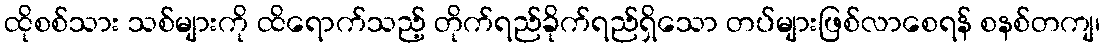
ထိုစစ်သား သစ်များကို ထိရောက်သည့် တိုက်ရည်ခိုက်ရည်ရှိသော တပ်များဖြစ်လာစေရန် စနစ်တကျ၊